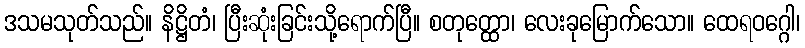
ဒသမသုတ်သည်။ နိဋ္ဌိတံ၊ ပြီးဆုံးခြင်းသို့ရောက်ပြီ။ စတုတ္ထော၊ လေးခုမြောက်သော။ ထေရဝဂ္ဂေါ၊